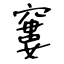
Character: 窶